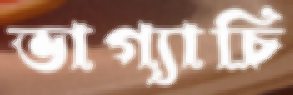
ভাগ্যাচি